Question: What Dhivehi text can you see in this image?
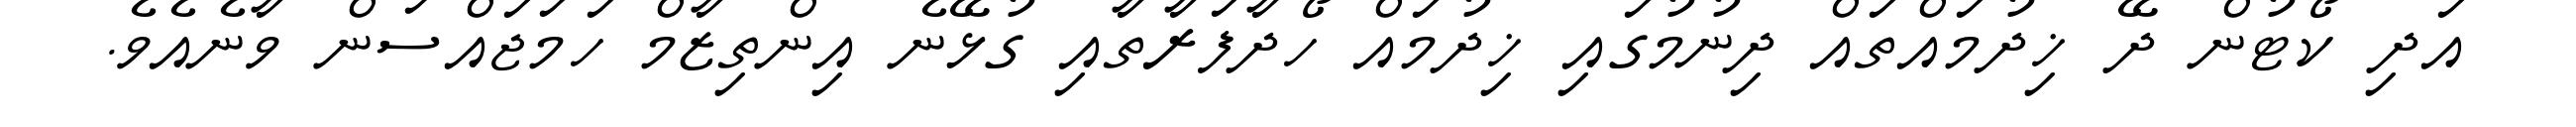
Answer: އަދި ކޯޓުން ދޭ ޚިދުމައްތައް ދިނުމުގައި ޚިދުމައް ހޯދާފަރާތާއި ގުޅޭނެ އިންތިޒާމް ހަމަޖައްސަން ވާނެއެވެ.